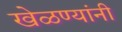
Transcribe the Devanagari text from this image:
खेळण्यांनी